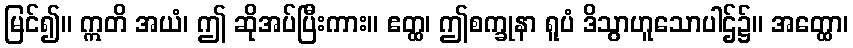
မြင်၍။ ဣတိ အယံ၊ ဤ ဆိုအပ်ပြီးကား။ ဧတ္ထ၊ ဤစက္ခုနာ ရူပံ ဒိသွာဟူသောပါဌ်၌။ အတ္ထော၊